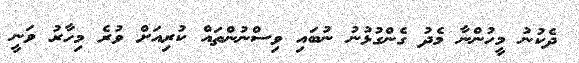
ދެކުނު މީހުންނާ މެދު ގެންގުޅުނު ނުބައި ވިސްނުންތައް ކުރިއަށް ވުރެ މިހާރު ވަނީ